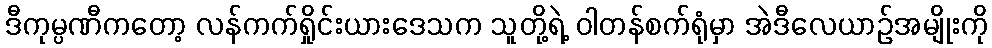
ဒီကုမ္ပဏီကတော့ လန်ကက်ရှိုင်းယားဒေသက သူတို့ရဲ့ ဝါတန်စက်ရုံမှာ အဲဒီလေယာဉ်အမျိုးကို